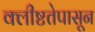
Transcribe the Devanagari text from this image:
क्लीष्टतेपासून